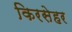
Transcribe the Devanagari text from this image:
किरसेहर